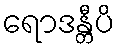
ရောဒန္တီပိ